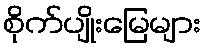
စိုက်ပျိုးမြေများ